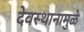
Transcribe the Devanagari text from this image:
देवस्थानामुळे